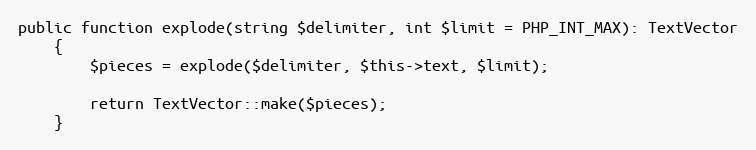
Language: PHP
public function explode(string $delimiter, int $limit = PHP_INT_MAX): TextVector
    {
        $pieces = explode($delimiter, $this->text, $limit);

        return TextVector::make($pieces);
    }